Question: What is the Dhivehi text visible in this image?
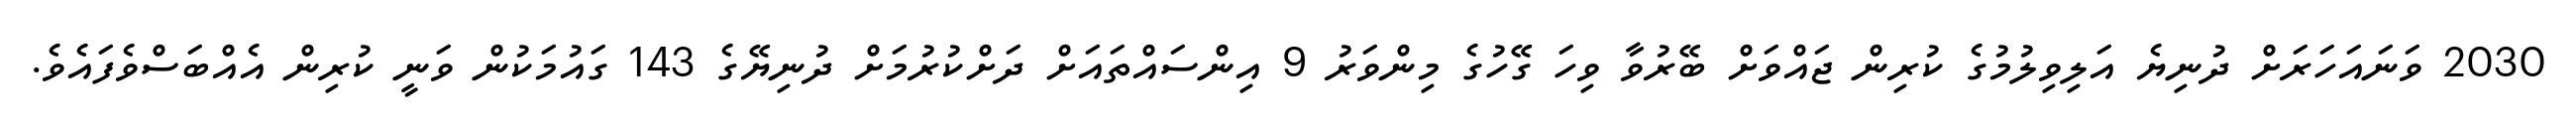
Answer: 2030 ވަނައަހަރަށް ދުނިޔެ އަލިވިލުމުގެ ކުރިން ޖައްވަށް ބޭރުވާ ވިހަ ގޭހުގެ މިންވަރު 9 އިންސައްތައަށް ދަށްކުރުމަށް ދުނިޔޭގެ 143 ގައުމަކުން ވަނީ ކުރިން އެއްބަސްވެފައެވެ.